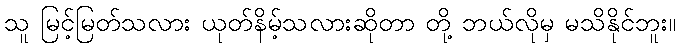
သူ မြင့်မြတ်သလား ယုတ်နိမ့်သလားဆိုတာ တို့ ဘယ်လိုမှ မသိနိုင်ဘူး။